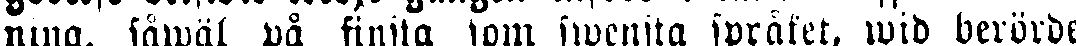
ning, såwäl på finska som swenska språket, wid berörde